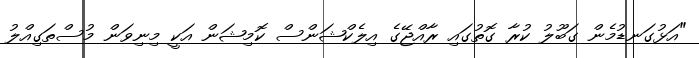
"އަޅުގަނޑުމެން ގަބޫލު ކުރާ ގޮތުގައި ރާއްޖޭގެ އިލެކްޝަންސް ކޮމިޝަން އަކީ މިނިވަން މުސްތަގިއްލު